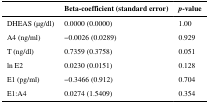
<table><thead><tr><td></td><td><b>Beta-coefficient (standard error)</b></td><td><b><i>p</i>-value</b></td></tr></thead><tbody><tr><td>DHEAS (μg/dl)</td><td>0.0000 (0.0000)</td><td>1.00</td></tr><tr><td>A4 (ng/ml)</td><td>−0.0026 (0.0289)</td><td>0.929</td></tr><tr><td>T (ng/dl)</td><td>0.7359 (0.3758)</td><td>0.051</td></tr><tr><td>ln E2</td><td>0.0230 (0.0151)</td><td>0.128</td></tr><tr><td>E1 (pg/ml)</td><td>−0.3466 (0.912)</td><td>0.704</td></tr><tr><td>E1:A4</td><td>0.0274 (1.5409)</td><td>0.354</td></tr></tbody></table>